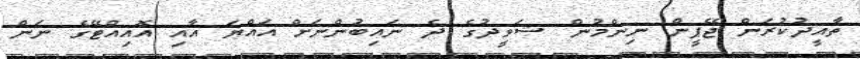
ތާއީދުކުރަން ޖޭޕީން ނިންމުން ޝަވީދުގެ ދެ ނައިބުންނަށް އައްޔަ އާއި އޮއިއްޓޭގެ ނަން